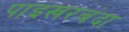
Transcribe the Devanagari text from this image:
पाइखरबंदा